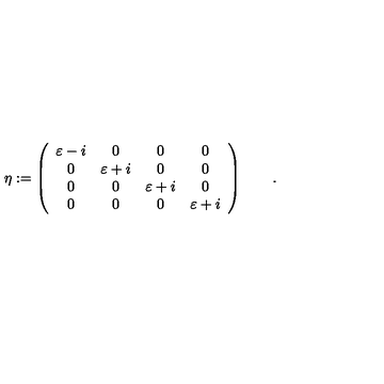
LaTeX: \eta : = \left( \begin{array} { c c c c } { \varepsilon - i } & { 0 } & { 0 } & { 0 } \\ { 0 } & { \varepsilon + i } & { 0 } & { 0 } \\ { 0 } & { 0 } & { \varepsilon + i } & { 0 } \\ { 0 } & { 0 } & { 0 } & { \varepsilon + i } \\ \end{array} \right) \qquad .